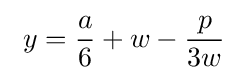
\ y={\frac {a}{6}}+w-{\frac {p}{3w}}\